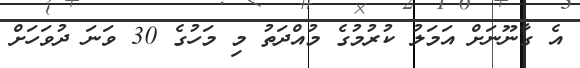
އެ ގާނޫނަށް އަމަލު ކުރުމުގެ މުއްދަތު މި މަހުގެ 30 ވަނަ ދުވަހަށް